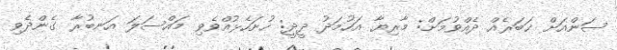
ސަންއަށް ޚަބަރެއް ދެއްވުމަށް: މާރިޔާ އަހުމަދު ދީދީ: ހުށަހެޅުއްވެވި މައްސަލަ އަނބުރާ ގެންދެވި